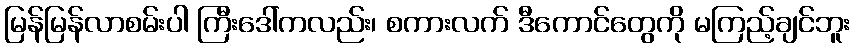
မြန်မြန်လာစမ်းပါ ကြီးဒေါ်ကလည်း၊ စကားလက် ဒီကောင်တွေကို မကြည့်ချင်ဘူး